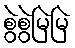
စွဲစွဲမြဲမြဲ